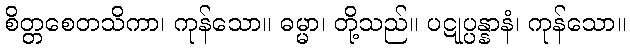
စိတ္တစေတသိကာ၊ ကုန်သော။ ဓမ္မာ၊ တို့သည်။ ပဋုပ္ပန္နာနံ၊ ကုန်သော။